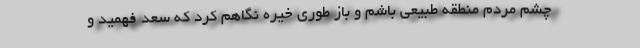
چشم مردم منطقه طبیعی باشم و باز طوری خیره نگاهم کرد که سعد فهمید و